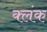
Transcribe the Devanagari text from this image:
क्लंक